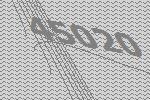
45020